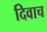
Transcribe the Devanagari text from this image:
दिवाच